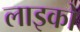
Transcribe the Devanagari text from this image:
लाइको